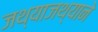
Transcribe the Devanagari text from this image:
जथ्याजथ्याने